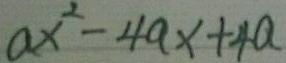
a x ^ { 2 } - 4 a x + 4 a